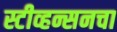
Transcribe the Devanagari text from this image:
स्टीव्हन्सनचा